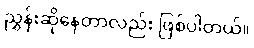
ညွှန်းဆိုနေတာလည်း ဖြစ်ပါတယ်။